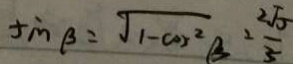
\sin \beta = \sqrt { 1 - \cos ^ { 2 } \beta } = \frac { 2 \sqrt { 5 } } { 3 }